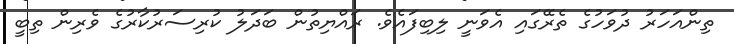
ތިންއަހަރު ދުވަހުގެ ތެރޭގައި އެވަނީ ލިބިފައެވެ. ރައްޔިތުން ބަދަލު ކުރިސަރުކާރުގެ ވެރިން ތިބީ